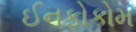
ઈનફોકોમ